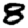
Digit: 8